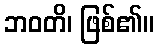
ဘဝတိ၊ ဖြစ်၏။